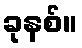
ခုနစ်။